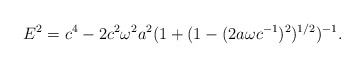
\begin{align*}E^{2} = c^{4} - 2c^{2}\omega^{2} a^{2}(1 + (1 - (2a\omega c^{- 1})^{2})^{1/2})^{- 1}.\end{align*}